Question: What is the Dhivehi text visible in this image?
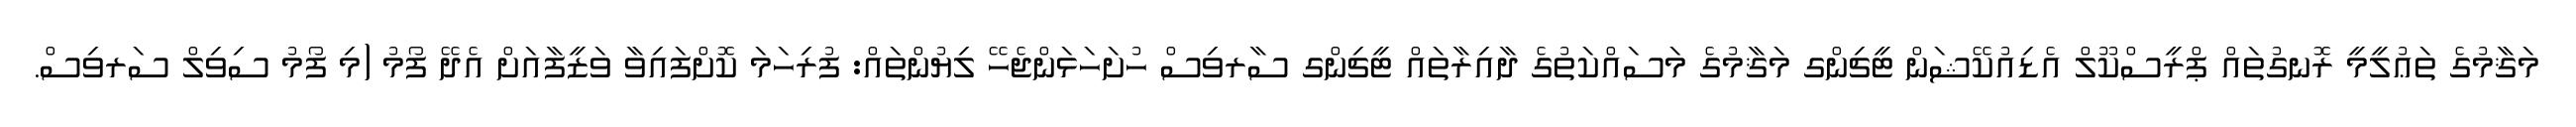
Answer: މަޤާމުގެ ތަޢުލީމީ ރޮނގުތައް ޕްރީސްކޫލް އެޑިއުކޭޝަން ޓީޗިންގ މަޤާމުގެ މަސައްކަތުގެ ދާއިރާތައް ޓީޗިންގ ސާރވިސް ހުށަހަޅަންޖެހޭ ލިޔުންތައް: ފުރިހަމަ ކޮށްފައިވާ ވަޒީފާއަށް އެދޭ ފޯމު (މި ފޯމު ސިވިލް ސަރވިސް.